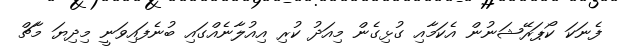
ފެނަކަ ކޯޕަރޭޝަނުން އެކަމާއި ގުޅިގެން މިއަދު ކުރި އިއުލާނެއްގައި ބުނެފައިވަނީ މިދިޔަ މާޗް